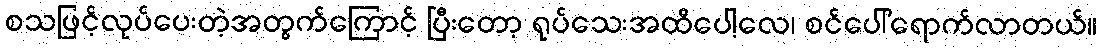
စသဖြင့်လုပ်ပေးတဲ့အတွက်ကြောင့် ပြီးတော့ ရုပ်သေးအထိပေါ့လေ၊ စင်ပေါ်ရောက်လာတယ်။